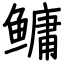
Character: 鳙